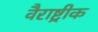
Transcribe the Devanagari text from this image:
वैराष्ट्रीक